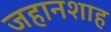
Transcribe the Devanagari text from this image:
जहानशाह